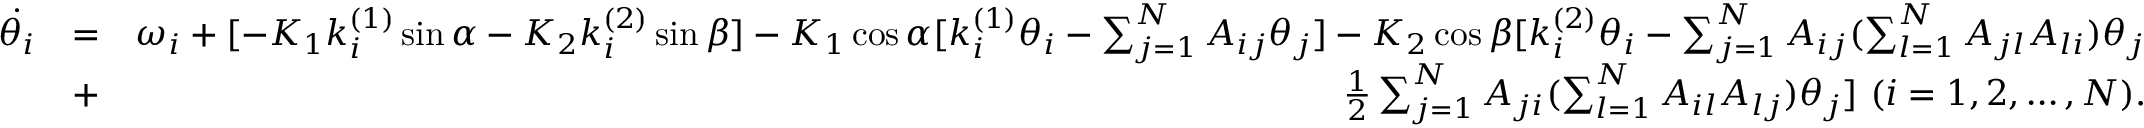
\begin{array} { r l r } { \dot { \theta _ { i } } } & { = } & { \omega _ { i } + [ - K _ { 1 } k _ { i } ^ { ( 1 ) } \sin \alpha - K _ { 2 } k _ { i } ^ { ( 2 ) } \sin \beta ] - K _ { 1 } \cos \alpha [ k _ { i } ^ { ( 1 ) } \theta _ { i } - \sum _ { j = 1 } ^ { N } A _ { i j } \theta _ { j } ] - K _ { 2 } \cos \beta [ k _ { i } ^ { ( 2 ) } \theta _ { i } - \sum _ { j = 1 } ^ { N } A _ { i j } ( \sum _ { l = 1 } ^ { N } A _ { j l } A _ { l i } ) \theta _ { j } } \\ & { + } & { \frac { 1 } { 2 } \sum _ { j = 1 } ^ { N } A _ { j i } ( \sum _ { l = 1 } ^ { N } A _ { i l } A _ { l j } ) \theta _ { j } ] ~ ( i = 1 , 2 , \dots , N ) . } \end{array}